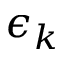
\epsilon _ { k }